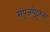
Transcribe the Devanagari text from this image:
संपूजयेद्गुरुम्